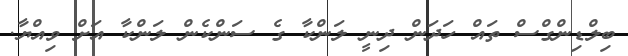
ބިލްޑިންގްސް ތައް ހަދަން ދިނީ ލަންކާ ގެ ސަންކެން ލަންކާ އަށް ވިއްޔާ.